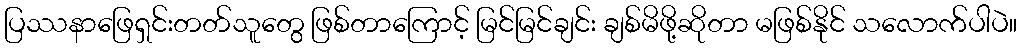
ပြဿနာဖြေရှင်းတတ်သူတွေ ဖြစ်တာကြောင့် မြင်မြင်ချင်း ချစ်မိဖို့ဆိုတာ မဖြစ်နိုင် သလောက်ပါပဲ။